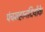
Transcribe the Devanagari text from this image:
पंचमहानदियोंके